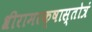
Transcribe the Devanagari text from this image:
श्रीरामरक्षास्तोत्रं